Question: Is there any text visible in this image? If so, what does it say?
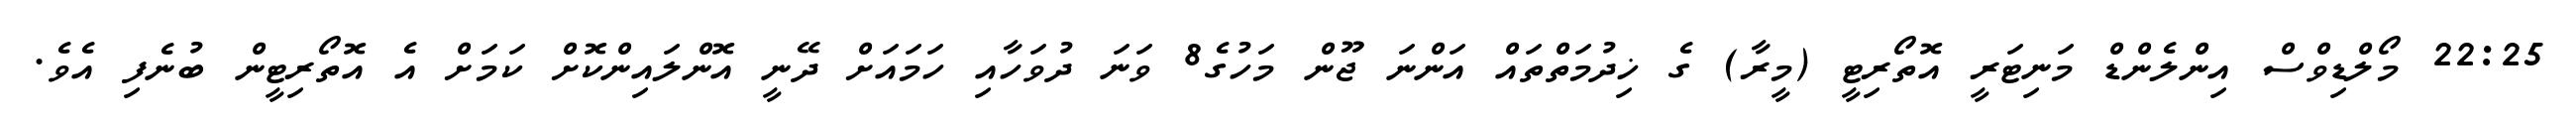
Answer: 22:25 މޯލްޑިވްސް އިންލެންޑް މަނިޓަރީ އޮތޯރިޓީ (މީރާ) ގެ ޚިދުމަތްތައް އަންނަ ޖޫން މަހުގެ8 ވަނަ ދުވަހާއި ހަމައަށް ދޭނީ އޮންލައިންކޮށް ކަމަށް އެ އޮތޯރިޓީން ބުނެފި އެވެ.